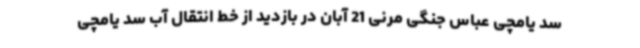
سد یامچی عباس جنگی مرنی 21 آبان در بازدید از خط انتقال آب سد یامچی